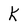
Character: K